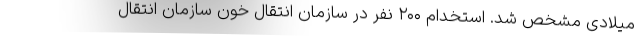
میلادی مشخص شد. استخدام ۲۰۰ نفر در سازمان انتقال خون سازمان انتقال